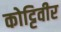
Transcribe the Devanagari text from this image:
कोट्टिवीर